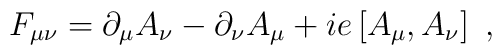
F_{\mu \nu} = \partial_\mu A_\nu -\partial_\nu A_\mu + i e \left[A_\mu , A_\nu \right] \ ,